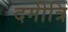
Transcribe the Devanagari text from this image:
दमीत्रि